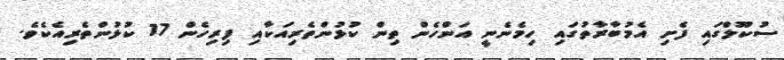
ސުކޫލްގައި ފެށި އެމުބާރާތުގައި ހިމެނެނީ އަންހެން ތިން ކުޅުންތެރިއަކާއި ފިރިހެން 17 ކުޅުންތެރިއެކެވެ.